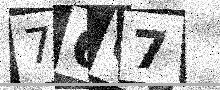
Text: 7667